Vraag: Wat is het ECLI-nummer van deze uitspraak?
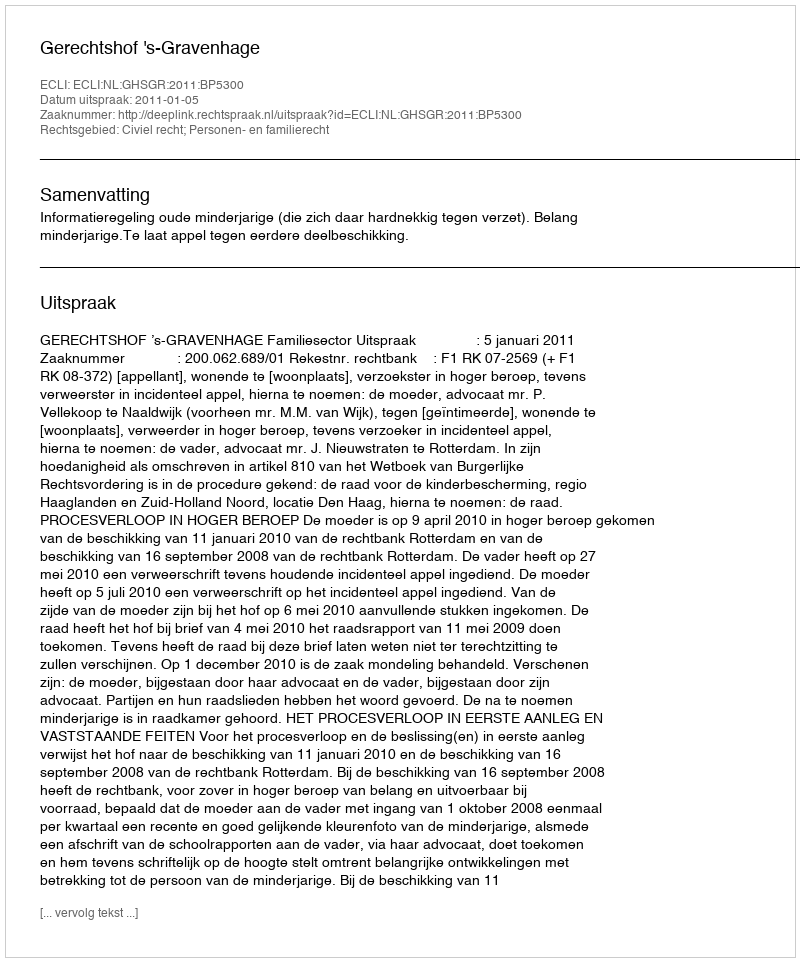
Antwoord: ECLI:NL:GHSGR:2011:BP5300